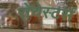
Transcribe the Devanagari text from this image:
रोचेस्टर्स